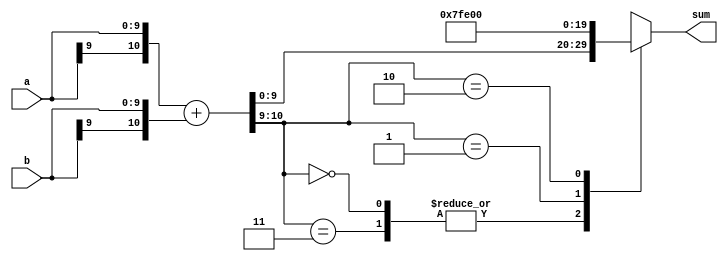
`timescale 1ns / 1ps
//////////////////////////////////////////////////////////////////////////////////
// Company: 
// Engineer: 
// 
// Design Name: 
// Module Name: adderW2
// Project Name: 
// Target Devices: 
// Tool Versions: 
// Description: 
// 
// Dependencies: 
// 
// Revision:
// Revision 0.01 - File Created
// Additional Comments:
// 
//////////////////////////////////////////////////////////////////////////////////

module adderW2( /*carryout*/ sum, a, b);
parameter W=10;
//output carryout;
output reg[W-1:0] sum;
input [W-1:0] a, b;

wire [W:0] x,y,sum_inter;
assign x = {a[W-1],a};
assign y = {b[W-1],b};

assign {sum_inter} = x+y;

always@(sum_inter)
begin
  case({sum_inter[W:W-1]})
    2'b00,2'b11: sum = sum_inter[W-1:0]; 
    2'b01: sum = {1'b0,{(W-1){1'b1}}};
    2'b10: sum = {1'b1,{(W-1){1'b0}}};
  endcase
end

endmodule